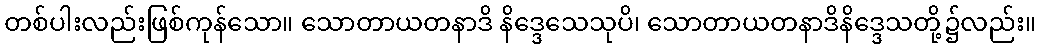
တစ်ပါးလည်းဖြစ်ကုန်သော။ သောတာယတနာဒိ နိဒ္ဒေသေသုပိ၊ သောတာယတနာဒိနိဒ္ဒေသတို့၌လည်း။